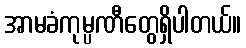
အာမခံကုမ္ပဏီတွေရှိပါတယ်။